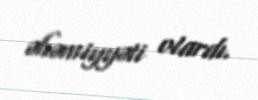
əhəmiyyəti olardı.